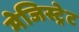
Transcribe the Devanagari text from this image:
मेजिस्ट्रेट